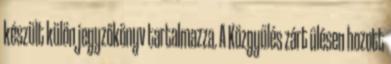
készült külön jegyzőkönyv tartalmazza. A Közgyűlés zárt ülésen hozott